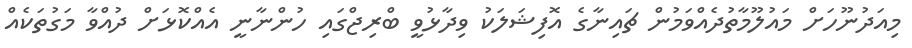
މިއަދުނޫހަށް މައުލޫމާތުދެއްވަމުން ޗައިނާގެ އޮފިޝަލަކު ވިދާޅުވީ ބްރިޖްގައި ހުންނާނީ އެއްކޮޅަށް ދުއްވާ މަގުތަކެއް